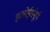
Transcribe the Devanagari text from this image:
इलोईसंपूर्ण